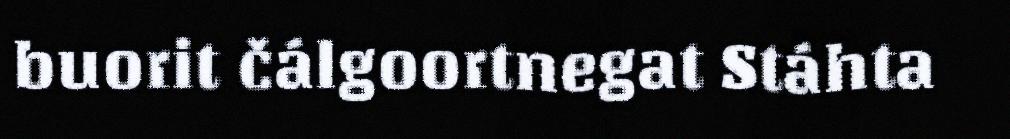
buorit čálgoortnegat Stáhta